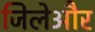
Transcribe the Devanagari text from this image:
जिलेऔर